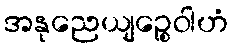
အနုညေယျဉ္စေဝါဟံ